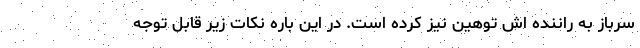
سرباز به راننده اش توهین نیز کرده است. در این باره نکات زیر قابل توجه